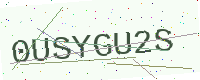
Text: 0USYGU2S